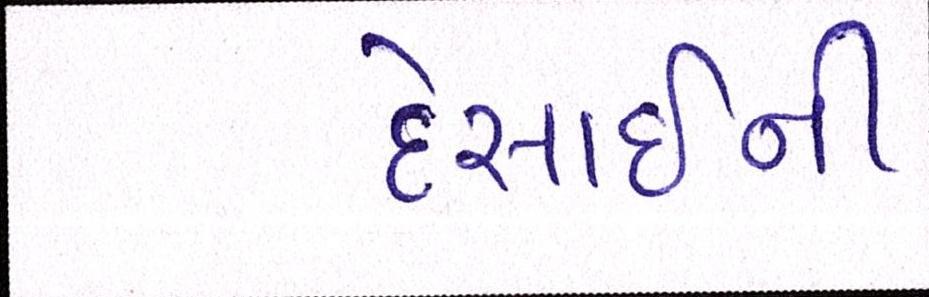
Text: દેસાઇની